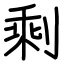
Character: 剩